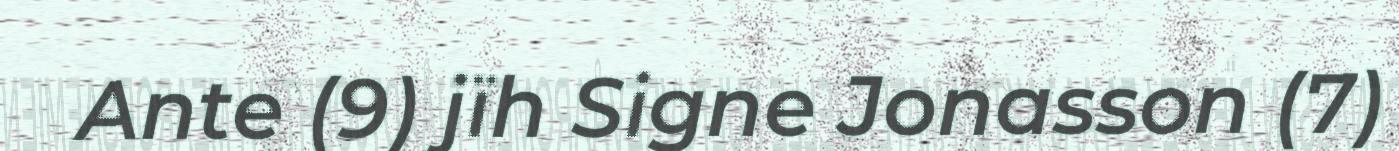
Ante (9) jïh Signe Jonasson (7)